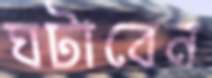
ঘটাবেন